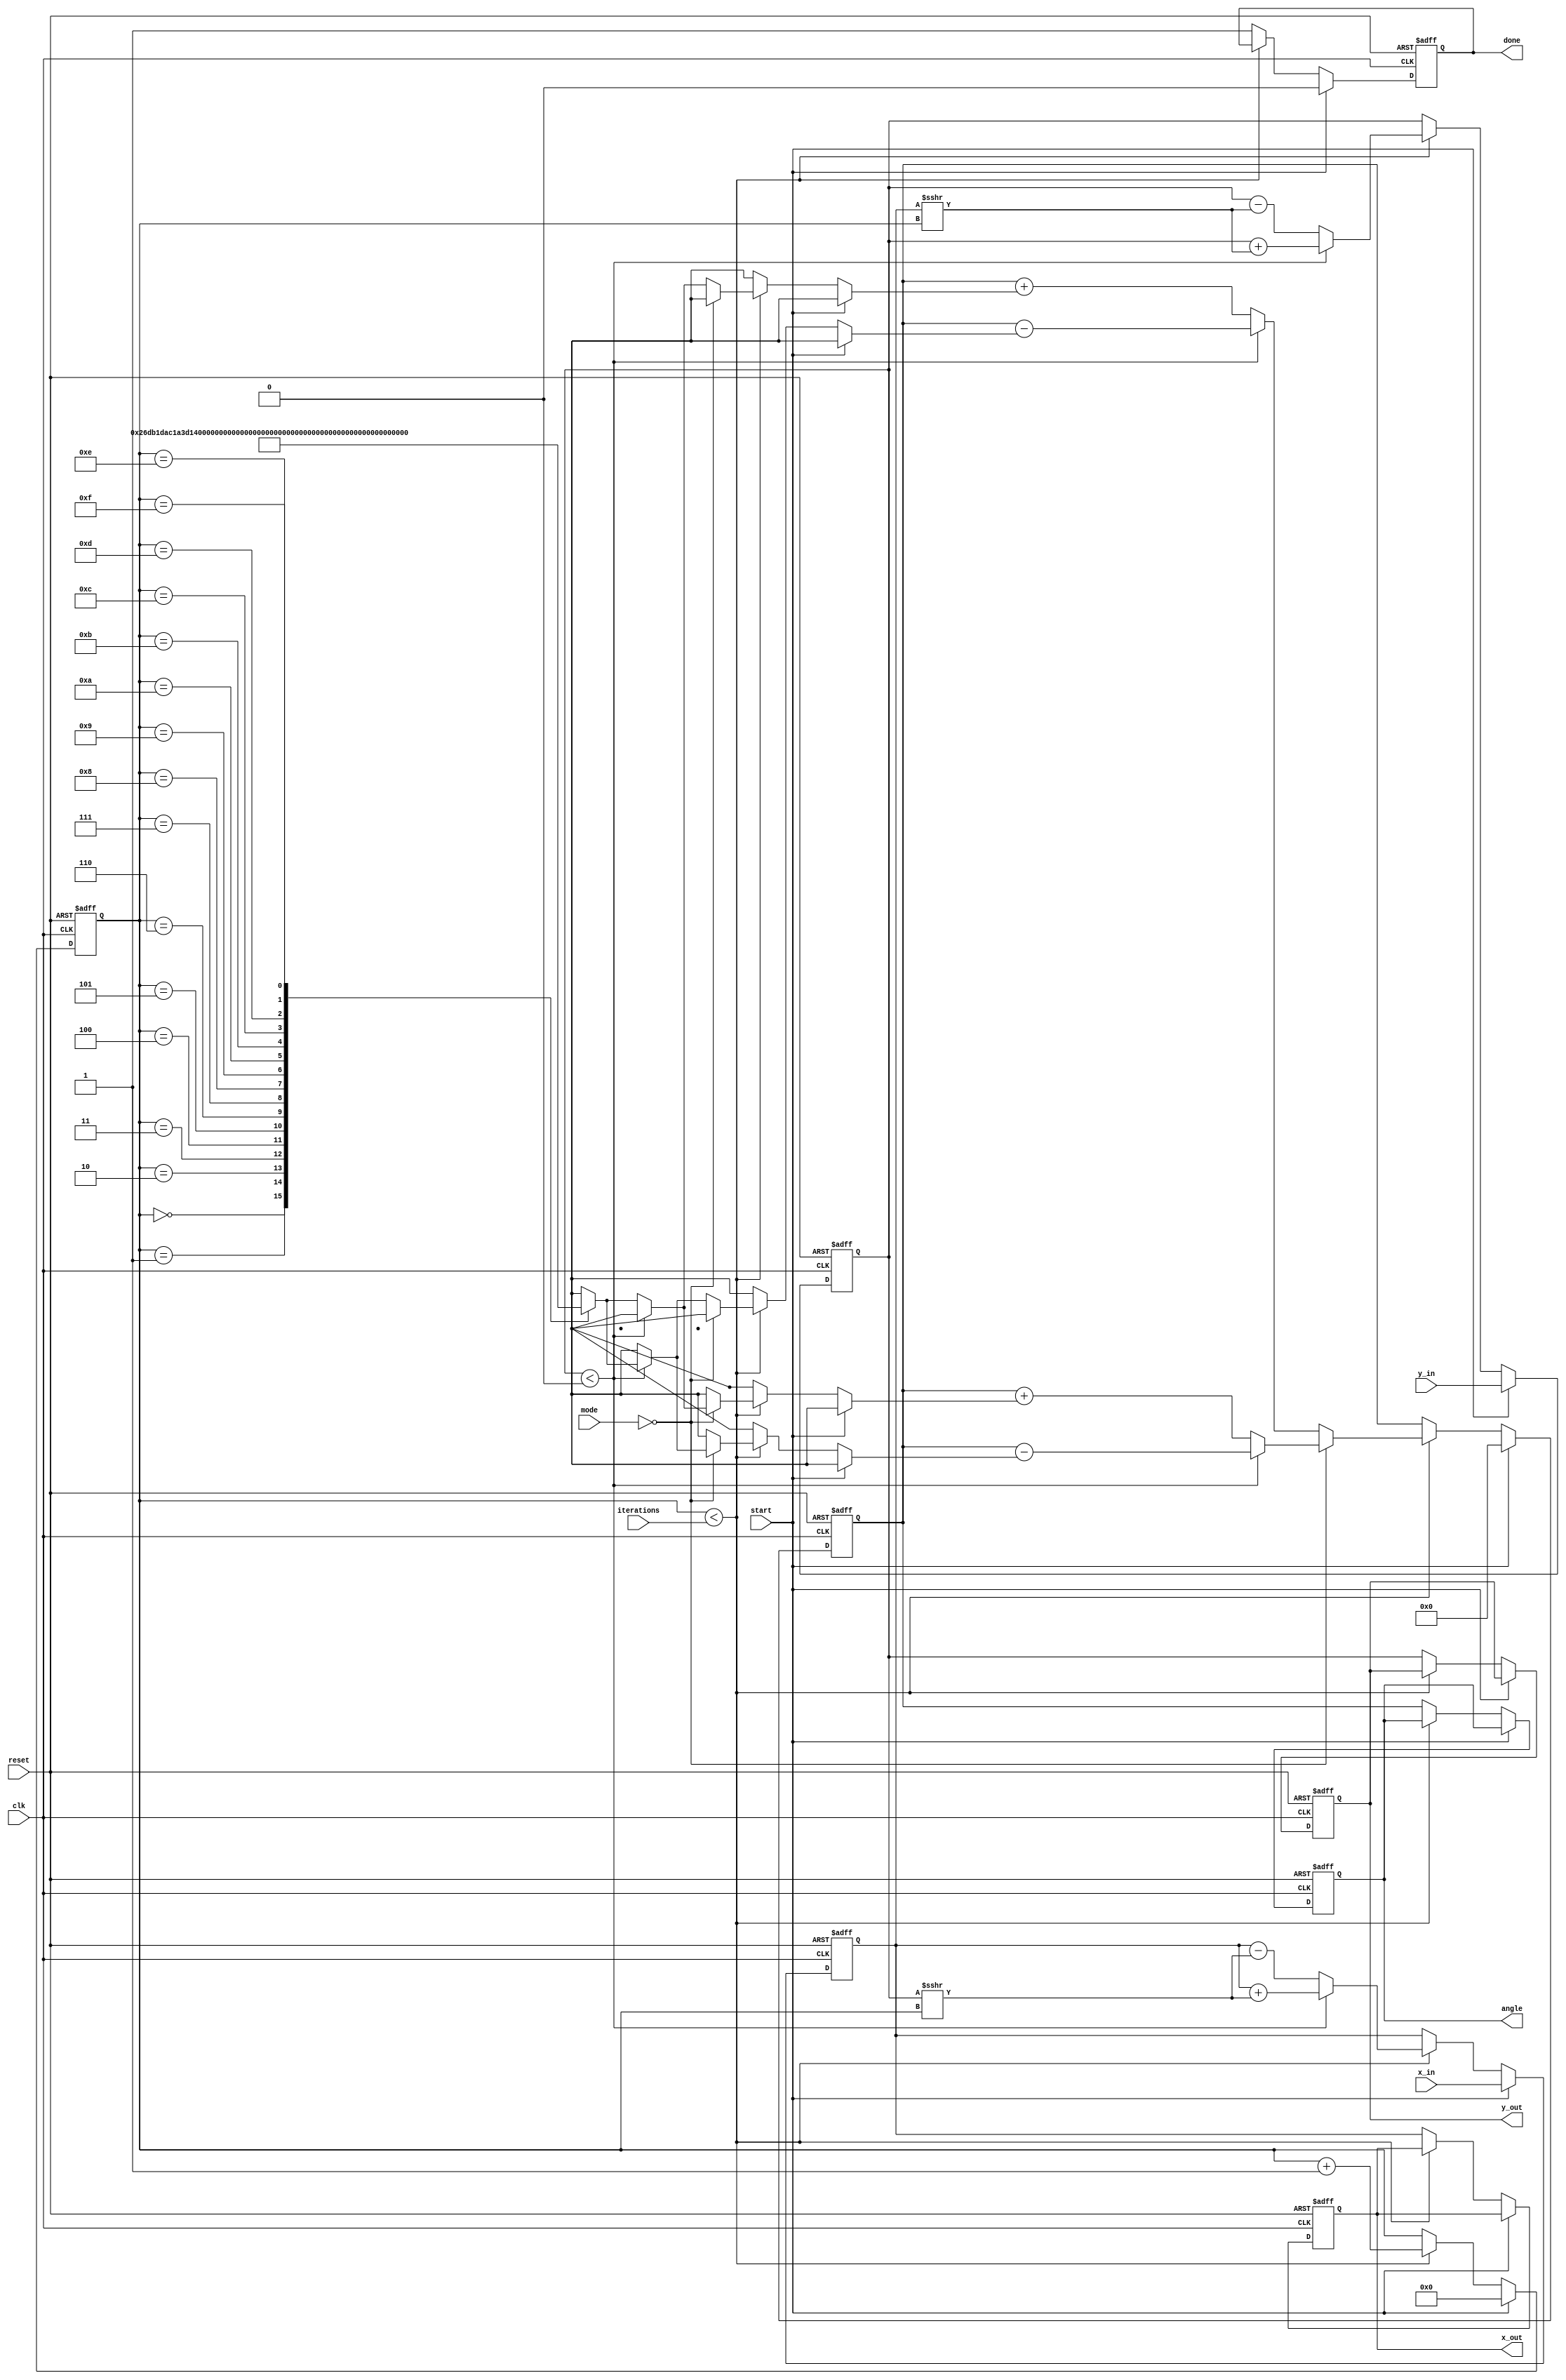
module CORDIC(
    input wire clk,
    input wire reset,
    input wire start,
    input wire [15:0] x_in, // Configurable width
    input wire [15:0] y_in, 
    input wire [1:0] mode, // 0: Rotation, 1: Vectoring
    input wire [3:0] iterations, // Number of iterations
    output reg [15:0] x_out,
    output reg [15:0] y_out,
    output reg [15:0] angle, // For vectoring mode
    output reg done
);
    reg [15:0] x, y;
    reg [3:0] count;
    reg [15:0] z; // Angle variable
    wire [15:0] atan_lookup[0:15]; // Lookup table storage for arctangent values
    
    // Initialize arctan values in LUT (example values, for 16 iterations)
    initial begin
        atan_lookup[0] = 16'h26DB; // atan(2^-0)
        atan_lookup[1] = 16'h1DAC; // atan(2^-1)
        atan_lookup[2] = 16'h1A3D; // atan(2^-2)
        atan_lookup[3] = 16'h1333; // atan(2^-3)
        atan_lookup[4] = 16'h0F9D; // atan(2^-4)
        atan_lookup[5] = 16'h0FCF; // atan(2^-5)
        atan_lookup[6] = 16'h07F5; // atan(2^-6)
        atan_lookup[7] = 16'h03FF; // atan(2^-7)
        atan_lookup[8] = 16'h01FF; // atan(2^-8)
        atan_lookup[9] = 16'h00FF; // atan(2^-9)
        atan_lookup[10] = 16'h007F; // atan(2^-10)
        atan_lookup[11] = 16'h003F; // atan(2^-11)
        atan_lookup[12] = 16'h001F; // atan(2^-12)
        atan_lookup[13] = 16'h000F; // atan(2^-13)
        atan_lookup[14] = 16'h0007; // atan(2^-14)
        atan_lookup[15] = 16'h0003; // atan(2^-15)
    end

    // State control
    always @(posedge clk or posedge reset) begin
        if (reset) begin
            x <= 16'b0;
            y <= 16'b0;
            z <= 16'b0;
            count <= 4'b0;
            done <= 1'b0;
            x_out <= 16'b0;
            y_out <= 16'b0;
            angle <= 16'b0;
        end else if (start) begin
            // Load inputs
            x <= x_in;
            y <= y_in;
            z <= 16'b0;
            count <= 4'b0;
            done <= 1'b0;
        end else if (count < iterations) begin
            // CORDIC rotation/vectoring iterations
            if (mode == 1'b0) begin // Rotation mode
                if (y < 0) begin
                    x <= x + (y >>> count);
                    y <= y + (x >>> count);
                    z <= z - atan_lookup[count]; 
                end else begin
                    x <= x - (y >>> count);
                    y <= y - (x >>> count);
                    z <= z + atan_lookup[count];
                end
            end else begin // Vectoring mode
                if (y < 0) begin
                    x <= x + (y >>> count);
                    y <= y + (x >>> count);
                    z <= z - atan_lookup[count]; 
                end else begin
                    x <= x - (y >>> count);
                    y <= y - (x >>> count);
                    z <= z + atan_lookup[count];
                end
            end
            count <= count + 1'b1;
        end else begin
            // Output results
            x_out <= x;
            y_out <= y;
            angle <= z; // Final angle for vectoring mode
            done <= 1'b1;
        end
    end
endmodule